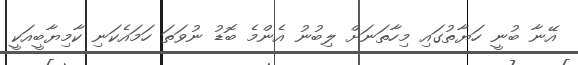
އޭނާ ބުނީ ހަޔާތުގައި މިހާތަނަށް ލިބުނު އެންމެ ބޮޑު ނުވަތަ ހަމައެކަނި ކާމިޔާބީއަކީ